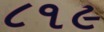
૮૧૯